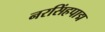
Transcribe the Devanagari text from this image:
नरसिंहपाद्म